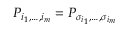
P _ { i _ { 1 } , \dots , i _ { m } } = P _ { \sigma _ { i _ { 1 } } , \dots , \sigma _ { i _ { m } } }